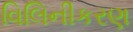
વિલિનીકરણ